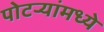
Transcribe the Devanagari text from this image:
पोटर्‍यांमध्ये